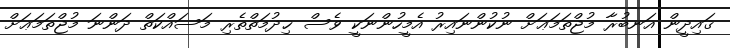
ޤައިދީން އަނބުރާ މުޖްތަމަޢަށް ނުކުންނައިރު އެމީހުންނަކީ ވެސް ޚިދުމަތްތެރި މަސައްކަތް ދަންނަ މުޖްތަމަޢަށް